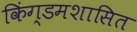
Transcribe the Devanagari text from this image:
किंग्डमशासित